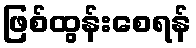
ဖြစ်ထွန်းစေရန်